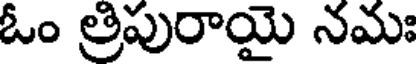
ఓం త్రిపురాయై నమః